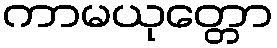
ကာမယုတ္တော